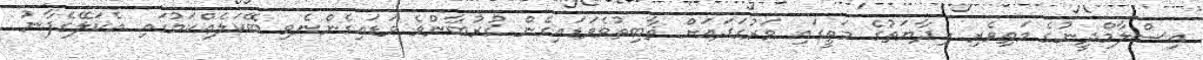
އިސްލާމްދީނުގެ މަތިވެރި ހިދާޔަތުގެ މަތީގައި ވަރުގަދައަށް ޘާބިތުވެވަޑައިގެން ޤުރުބާންވެ ވަޑައިގެންނެވި ބޭކަލެއްކަމުގައި އެކަލޭގެފާނު